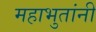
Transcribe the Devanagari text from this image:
महाभुतांनी